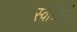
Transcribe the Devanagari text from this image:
स्वश्रियं